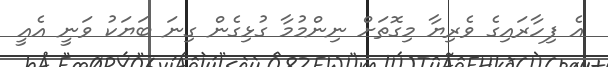
އެ ފިހާރައިގެ ވެރިޔާ މިގޮތަށް ނިންމުމާ ގުޅިގެން ގިނަ ބަޔަކު ވަނީ އެއީ